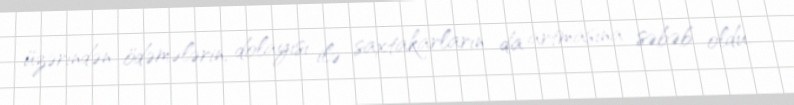
üzərindən ödəmələrin, dolayısı ilə saxtakarların da artmasına səbəb oldu.